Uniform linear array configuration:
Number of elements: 24
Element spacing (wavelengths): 1
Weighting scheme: binomial
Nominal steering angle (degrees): -60
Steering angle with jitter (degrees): -59.774
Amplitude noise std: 0.05
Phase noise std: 0.05

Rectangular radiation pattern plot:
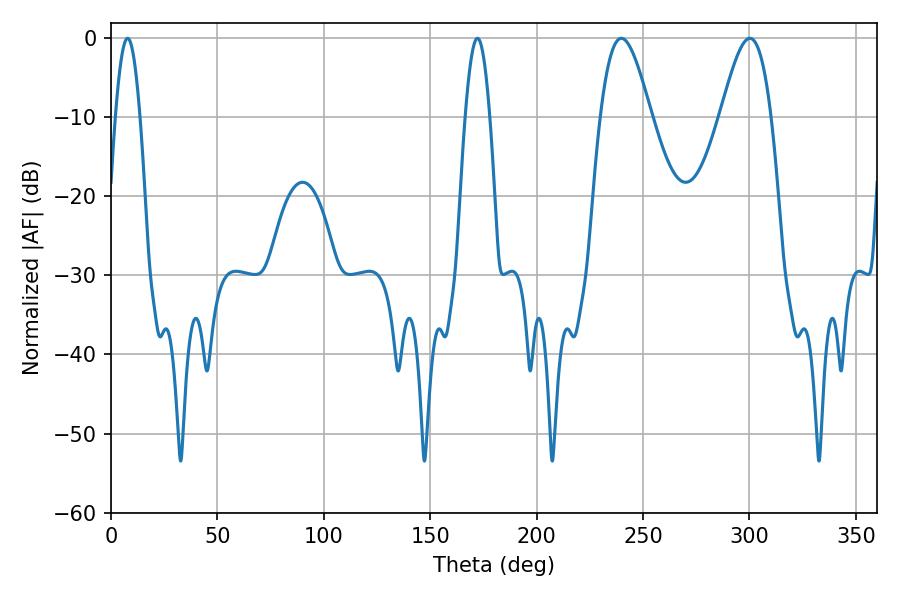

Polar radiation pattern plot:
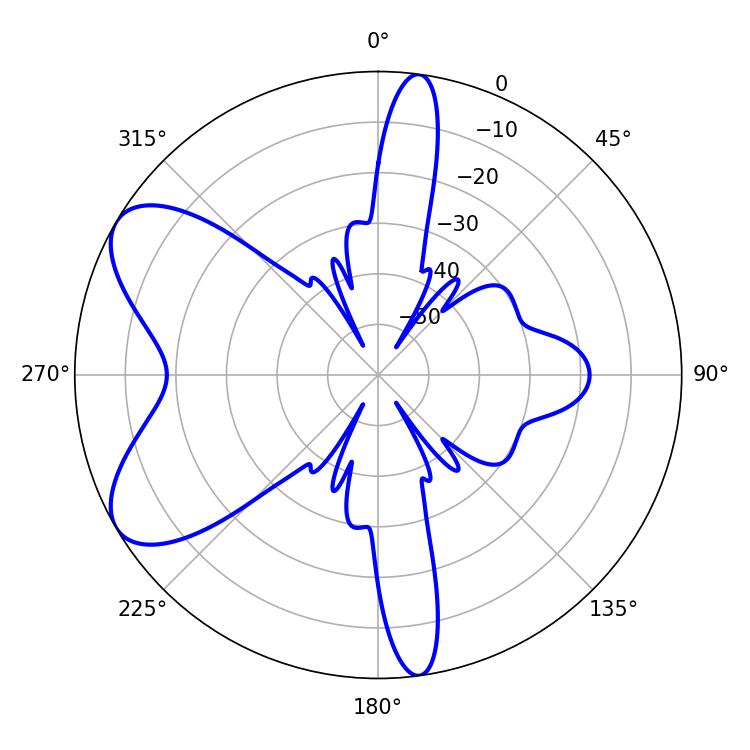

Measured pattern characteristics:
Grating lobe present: TRUE
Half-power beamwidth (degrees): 12.6
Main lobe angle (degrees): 239.76